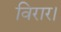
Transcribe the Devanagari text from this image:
विरार।